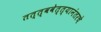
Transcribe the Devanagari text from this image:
तत्त्ववेत्त्यानंतरचे